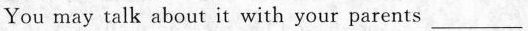
You may talk about it with your parents ___